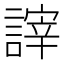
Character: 𧪹